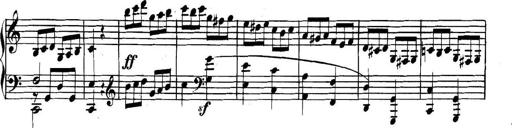
Title: Collected Piano Sonatas
Composer: Muzio Clementi